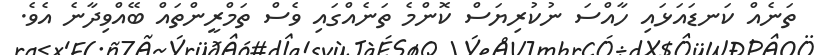
ތަނެއް ކަނޑައަޅައި ހާއްސަ ނުކުރިޔަސް ކޮންމެ ތަނެއްގައި ވެސް ތަމްރީންތައް ބޭއްވިދާނެ އެވެ.